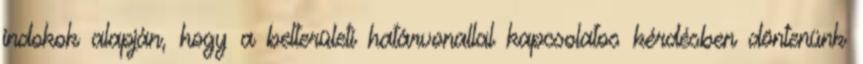
indokok alapján, hogy a belterületi határvonallal kapcsolatos kérdésben döntenünk